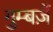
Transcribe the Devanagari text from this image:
गुम्बज़ें